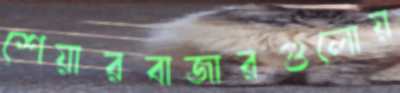
শেয়ারবাজারগুলোয়